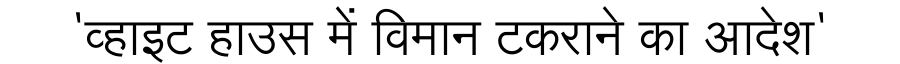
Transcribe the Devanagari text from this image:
'व्हाइट हाउस में विमान टकराने का आदेश'